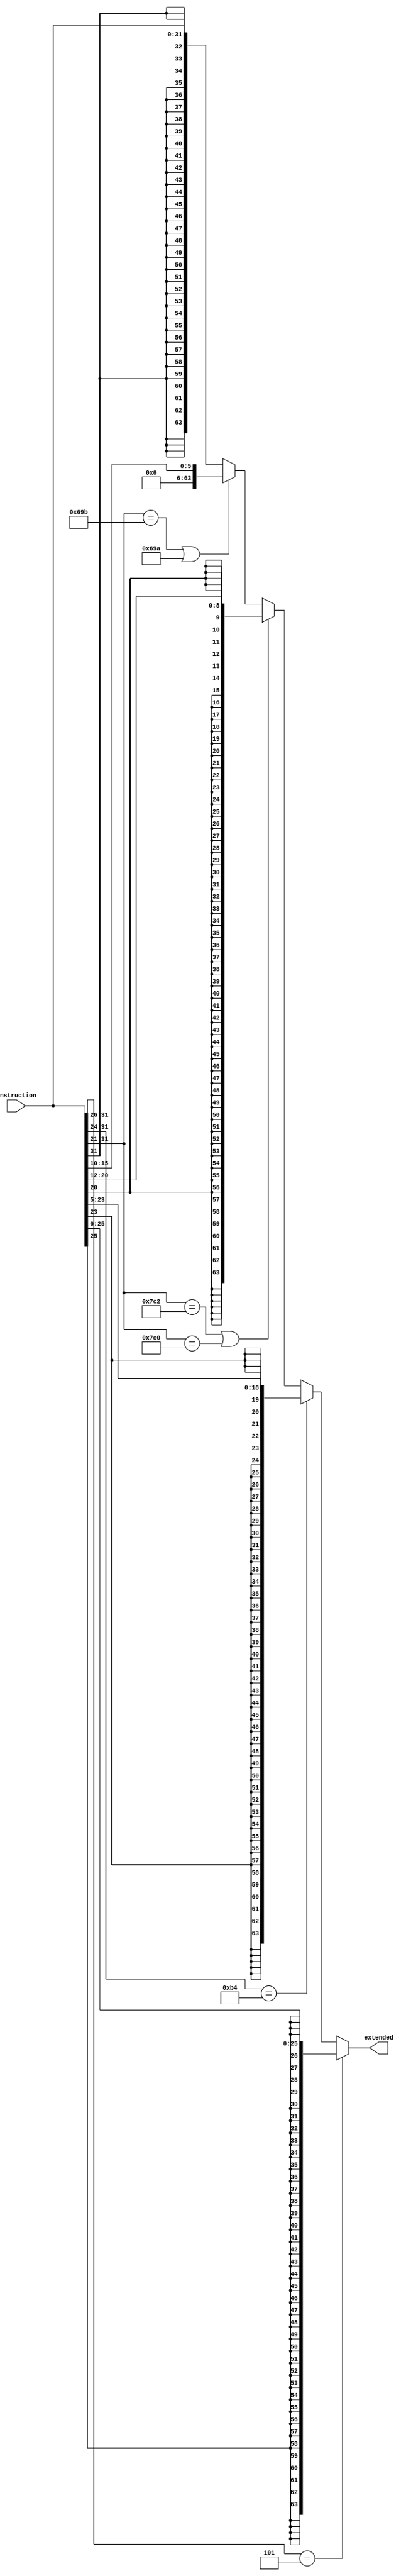
/*
 *	Module: RegisterFile
 *  Dit zorgt ervoor dat de inkomende 32bit instructie omgezet wordt naar een 64bit.
 *  32bit instructie, 9bit voor load, 19bit voor compare
 *  boek pagina 266.
 *
 */

// D-Type
`define LDUROPCODE 11'b11111000010
`define STUROPCODE 11'b11111000000

// B-Type
`define CBZOPCODE  8'b10110100

// R-Type
`define LSLOPCODE  11'b11010011011
`define LSROPCODE  11'b11010011010
`define BOPCODE    6'b000101

module SignExtend(Instruction, extended);

input [31:0] Instruction;
output reg [63:0] extended;

always @ (*)
begin
if (Instruction[31:26] == `BOPCODE)				
	extended = {{38{Instruction[25]}}, Instruction[25:0]};

else if(Instruction[31:24] == `CBZOPCODE)
	extended = {{45{Instruction[23]}}, Instruction[23:5]};

else if(Instruction[31:21] == `LDUROPCODE || Instruction[31:21] == `STUROPCODE)
	extended = {{55{Instruction[20]}}, Instruction[20:12]};

else if(Instruction[31:21] == `LSLOPCODE || `LSROPCODE)
	extended = {{58{1'b0}}, Instruction[15:10]};

else
	extended = {{32{Instruction[31]}},Instruction};
end
endmodule